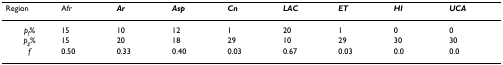
<table><thead><tr><td><b>Region</b></td><td><b>Afr</b></td><td><b><i>Ar</i></b></td><td><b><i>Asp</i></b></td><td><b><i>Cn</i></b></td><td><b><i>LAC</i></b></td><td><b><i>ET</i></b></td><td><b><i>HI</i></b></td><td><b><i>UCA</i></b></td></tr></thead><tbody><tr><td><i>p</i><sub><i>f</i></sub>%</td><td>15</td><td>10</td><td>12</td><td>1</td><td>20</td><td>1</td><td>0</td><td>0</td></tr><tr><td><i>p</i><sub><i>g</i></sub>%</td><td>15</td><td>20</td><td>18</td><td>29</td><td>10</td><td>29</td><td>30</td><td>30</td></tr><tr><td><i>f</i></td><td>0.50</td><td>0.33</td><td>0.40</td><td>0.03</td><td>0.67</td><td>0.03</td><td>0.0</td><td>0.0</td></tr></tbody></table>